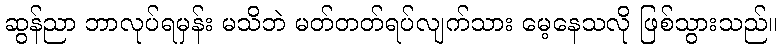
ဆွန်ညာ ဘာလုပ်ရမှန်း မသိဘဲ မတ်တတ်ရပ်လျက်သား မေ့နေသလို ဖြစ်သွားသည်။